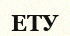
ЕТУ